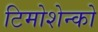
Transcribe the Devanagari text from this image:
टिमोशेन्को